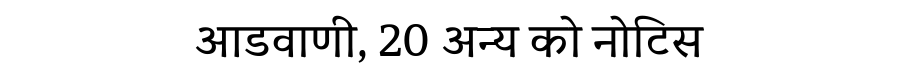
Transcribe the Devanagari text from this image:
आडवाणी, 20 अन्य को नोटिस